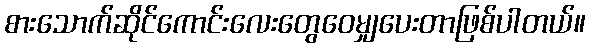
စားသောက်ဆိုင်ကောင်းလေးတွေဝေမျှပေးတာဖြစ်ပါတယ်။